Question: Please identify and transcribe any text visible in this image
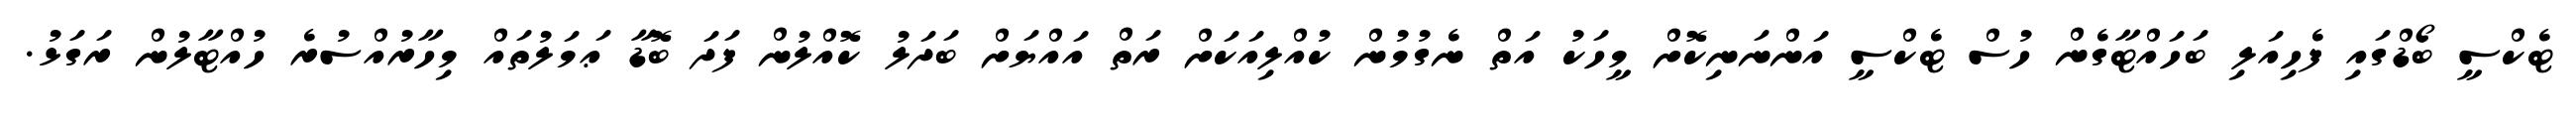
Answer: ޓެކްސީ ބޯޑްގައި ފެހިއަލި ބަހައްޓާގެން ހުސް ޓެކްސީ އަންނަނިކޮށް މީހަކު އަތް ނެގުމުން ކުއްލިއަކަށް ރަތް އައްޔަށް ބަދަލު ކޮއްލުން ފަދަ ބޮޑާ ޢަމަލުތައް މިހާރުއްސުރެ ހުއްޓާލުން ރަގަޅު.